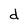
Character: d